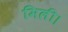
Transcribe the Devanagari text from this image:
मिली।